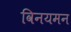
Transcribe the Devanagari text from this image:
विनयमन